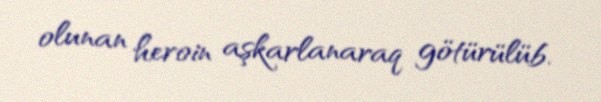
olunan heroin aşkarlanaraq götürülüb.